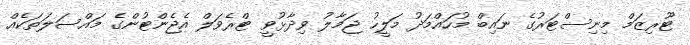
ޓޫރިޒަމް މިނިސްޓަރުގެ ނައިބް މުހައްމަދު މަލީހު ޖަމާލު ވިދާޅުވީ ޓްރެވަލް އެޖެންޓުންގެ މައްސަލަތަކެއް